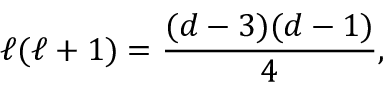
\ell ( \ell + 1 ) = \frac { ( d - 3 ) ( d - 1 ) } { 4 } ,